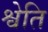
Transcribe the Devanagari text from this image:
श्वेति